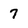
Character: 7